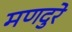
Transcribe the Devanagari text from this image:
मणदुरे